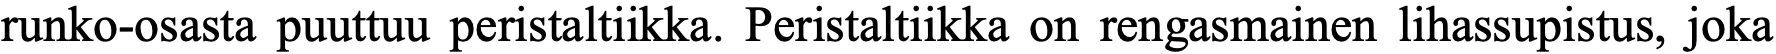
runko-osasta puuttuu peristaltiikka. Peristaltiikka on rengasmainen lihassupistus, joka